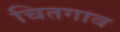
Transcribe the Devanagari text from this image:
चितगाव